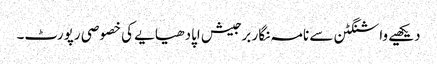
دیکھیے واشنگٹن سے نامہ نگار برجیش اپادھیایے کی خصوصی رپورٹ۔